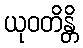
ယုဝတိန္တိ